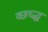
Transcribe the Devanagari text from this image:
व्छच्द्ध